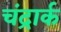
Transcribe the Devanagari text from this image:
चंद्रार्क